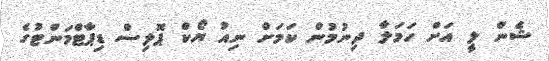
ޝެން ލީ އަށް ހަމަލާ ދިނުމުން ކަމަށް ނިއު ޔޯކް ޕޮލިސް ޑިޕާޓްމަންޓުގެ